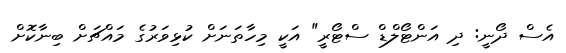
އެސް ދޯނީ: ދި އަންޓޯލްޑް ސްޓޯރީ" އަކީ މިހާތަނަށް ކުޅިވަރުގެ މައްޗަށް ބިނާކޮށް